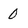
Character: O